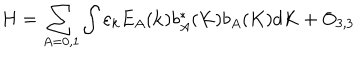
LaTeX: H = \sum _ { A = 0 , 1 } ^ { { } } \int \varepsilon _ { k } E _ { A } ( { \bf k } ) b _ { A } ^ { \ast } ( K ) b _ { A } ( K ) d K + O _ { 3 , 3 }